Indian journal of veterinary science and animal husbandry - Volume 12,
Year: 1942
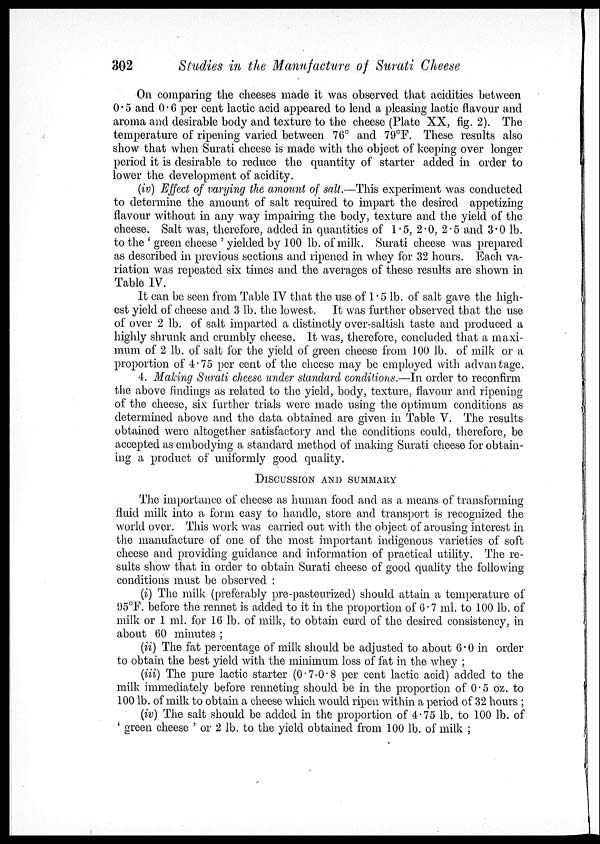
302
Studies in the Manufacture of Surati Cheese
On comparing the cheeses made it was observed that acidities between
0.5 and 0.6 per cent lactic acid appeared to lend a pleasing lactic flavour and
aroma and desirable body and texture to the cheese (Plate XX, fig. 2). The
temperature of ripening varied between 76° and 79°F. These results also
show that when Surati cheese is made with the object of keeping over longer
period it is desirable to reduce the quantity of starter added in order to
lower the development of acidity.
(iv) Effect of varying the amount of salt.—This experiment was conducted
to determine the amount of salt required to impart the desired appetizing
flavour without in any way impairing the body, texture and the yield of the
cheese. Salt was, therefore, added in quantities of 1.5, 2.0, 2.5 and 3.0 lb.
to the ' green cheese ' yielded by 100 lb. of milk. Surati cheese was prepared
as described in previous sections and ripened in whey for 32 hours. Each va-
riation was repeated six times and the averages of these results are shown in
Table IV.
It can be seen from Table IV that the use of 1.5 lb. of salt gave the high-
est yield of cheese and 3 lb. the lowest. It was further observed that the use
of over 2 lb. of salt imparted a distinctly over-saltish taste and produced a
highly shrunk and crumbly cheese. It was, therefore, concluded that a maxi-
mum of 2 lb. of salt for the yield of green cheese from 100 lb. of milk or a
proportion of 4.75 per cent of the cheese may be employed with advantage.
4. Making Surati cheese under standard conditions.—In order to reconfirm
the above findings as related to the yield, body, texture, flavour and ripening
of the cheese, six further trials were made using the optimum conditions as
determined above and the data obtained are given in Table V. The results
obtained were altogether satisfactory and the conditions could, therefore, be
accepted as embodying a standard method of making Surati cheese for obtain-
ing a product of uniformly good quality.
DISCUSSION AND SUMMARY
The importance of cheese as human food and as a means of transforming
fluid milk into a form easy to handle, store and transport is recognized the
world over. This work was carried out with the object of arousing interest in
the manufacture of one of the most important indigenous varieties of soft
cheese and providing guidance and information of practical utility. The re-
sults show that in order to obtain Surati cheese of good quality the following
conditions must be observed :
(i) The milk (preferably pre-pasteurized) should attain a temperature of
95°F. before the rennet is added to it in the proportion of 6.7 ml. to 100 lb. of
milk or 1 ml. for 16 lb. of milk, to obtain curd of the desired consistency, in
about 60 minutes ;
(ii) The fat percentage of milk should be adjusted to about 6.0 in order
to obtain the best yield with the minimum loss of fat in the whey ;
(iii) The pure lactic starter (0.7-0.8 per cent lactic acid) added to the
milk immediately before renneting should be in the proportion of 0.5 oz. to
100 lb. of milk to obtain a cheese which would ripen within a period of 32 hours ;
(iv) The salt should be added in the proportion of 4.75 lb. to 100 lb. of
' green cheese ' or 2 lb. to the yield obtained from 100 lb. of milk ;